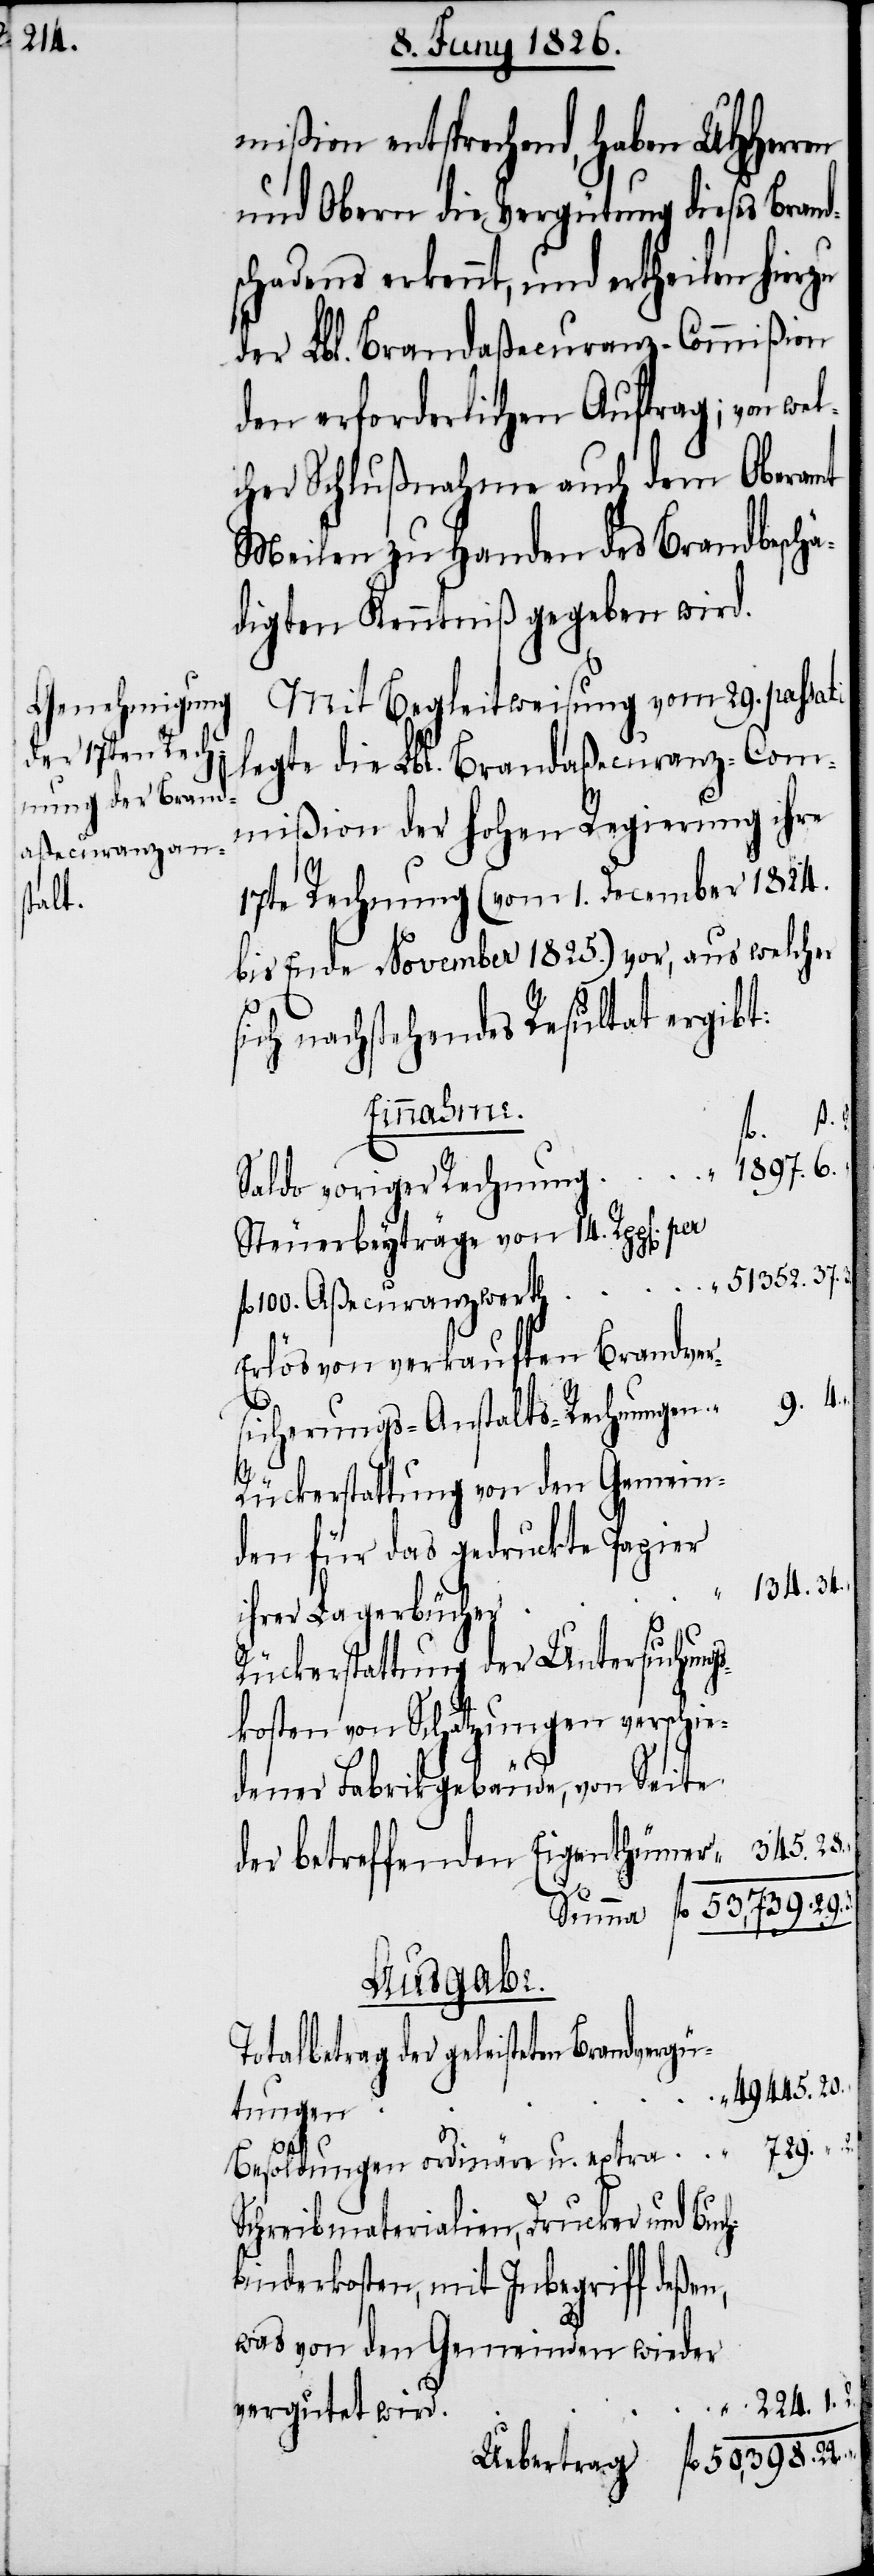
224.

mißion entsprechend, haben UHHerren
und Obern die Vergütung dieses Brand¬
schadens erkennt, und ertheilen hie¬
der Lbl. Brandaßecuranz-Commißion
den erforderlichen Auftrag; von wel¬
cher Schlußnahme auch dem Oberamt
Meilen zu Handen des Brandbeschä¬
digten Kenntniß gegeben wird.
Mit Begleitweisung vom 29. passati
legte die Lbl. Brandaßecuranz-Com¬
mißion der hohen Regierung ihre
17te Rechnung (vom 1. December 1824.
bis Ende November 1825.) vor, aus welcher
sich nachstehendes Resultat ergibt:
Einnahme.
fl.
Saldo voriger Rechnung
Steuerbeyträge vom 14. Rpp[en].
100. Aßecuranzwerth
Erlös von verkauften Brandver¬
345.
sicherungs-Anstalts-Rechnungen
1.
Rückerstattung von den Gemein¬
de für das gedruckte Papier
ihrer Lagerbücher
Rückerstattung der Untersuchung¬
skosten von Schätzungen verschie¬
dener Fabrikgebäude, von Seite
50,398. 27.
3.
der betreffenden Eigenthümer
2.
Ausgabe.
Totalbetrag der geleisteten
49 445.
729.
Besoldungen ordinäre u. extra
Schreibmaterialien, Drucker und Buc¬
hbinderkosten, mit Inbegriff deßen,
was von den Gemeinden wieder
per
vergütet wird